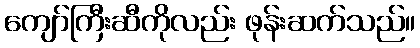
ကျော်ကြီးဆီကိုလည်း ဖုန်းဆက်သည်။